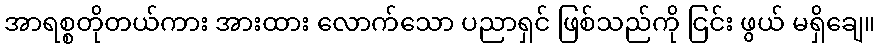
အာရစ္စတိုတယ်ကား အားထား လောက်သော ပညာရှင် ဖြစ်သည်ကို ငြင်း ဖွယ် မရှိချေ။